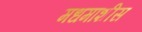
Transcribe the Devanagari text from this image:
मधमाशीस